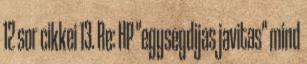
12 sor cikkei 13. Re: HP "egysegdijas javitas" mind